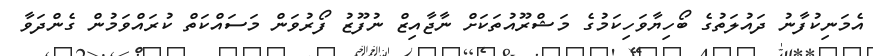
އެމަނިކުފާނު ދައުލަތުގެ ބޯހިޔާވަހިކަމުގެ މަޝްރޫއުތަކަށް ނާޖާއިޒް ނުފޫޒު ފޯރުވަން މަސައްކަތް ކުރައްވަމުން ގެންދަވާ